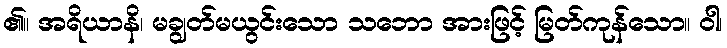
၏။ အရိယာနိ၊ မချွတ်မယွင်းသော သဘော အားဖြင့် မြတ်ကုန်သော။ ဝါ၊